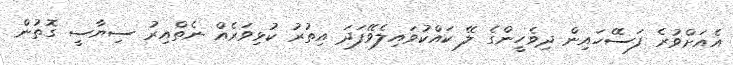
އެއަށްވުރެ ފަސޭހައިން ދިވެހީންގެ ލޭ ކައްކުވައިލެވޭފަދަ އިތުރު ކުޅިވަރެއް ނެތްއިރު ސިޔާސީ ގޮތުން